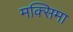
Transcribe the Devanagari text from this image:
मक्सिमा